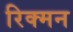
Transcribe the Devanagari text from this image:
रिक्मन